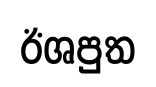
ඊශපුත